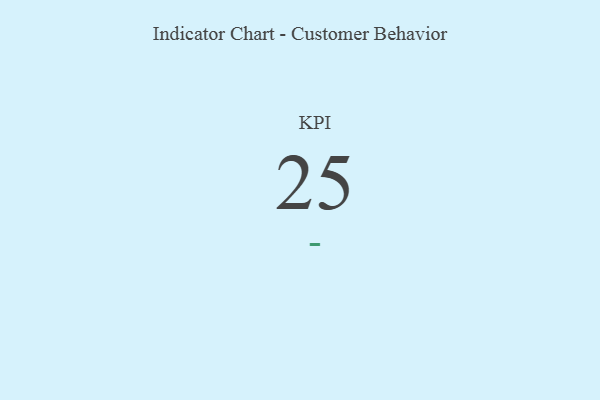
{"axis": {"x": "KPI", "y": "Value"}, "legend": [""], "data": [{"x": "KPI", "y": 25, "type": ""}]}